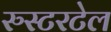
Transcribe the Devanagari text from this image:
रुस्टरटेल